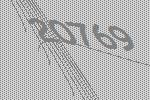
20769